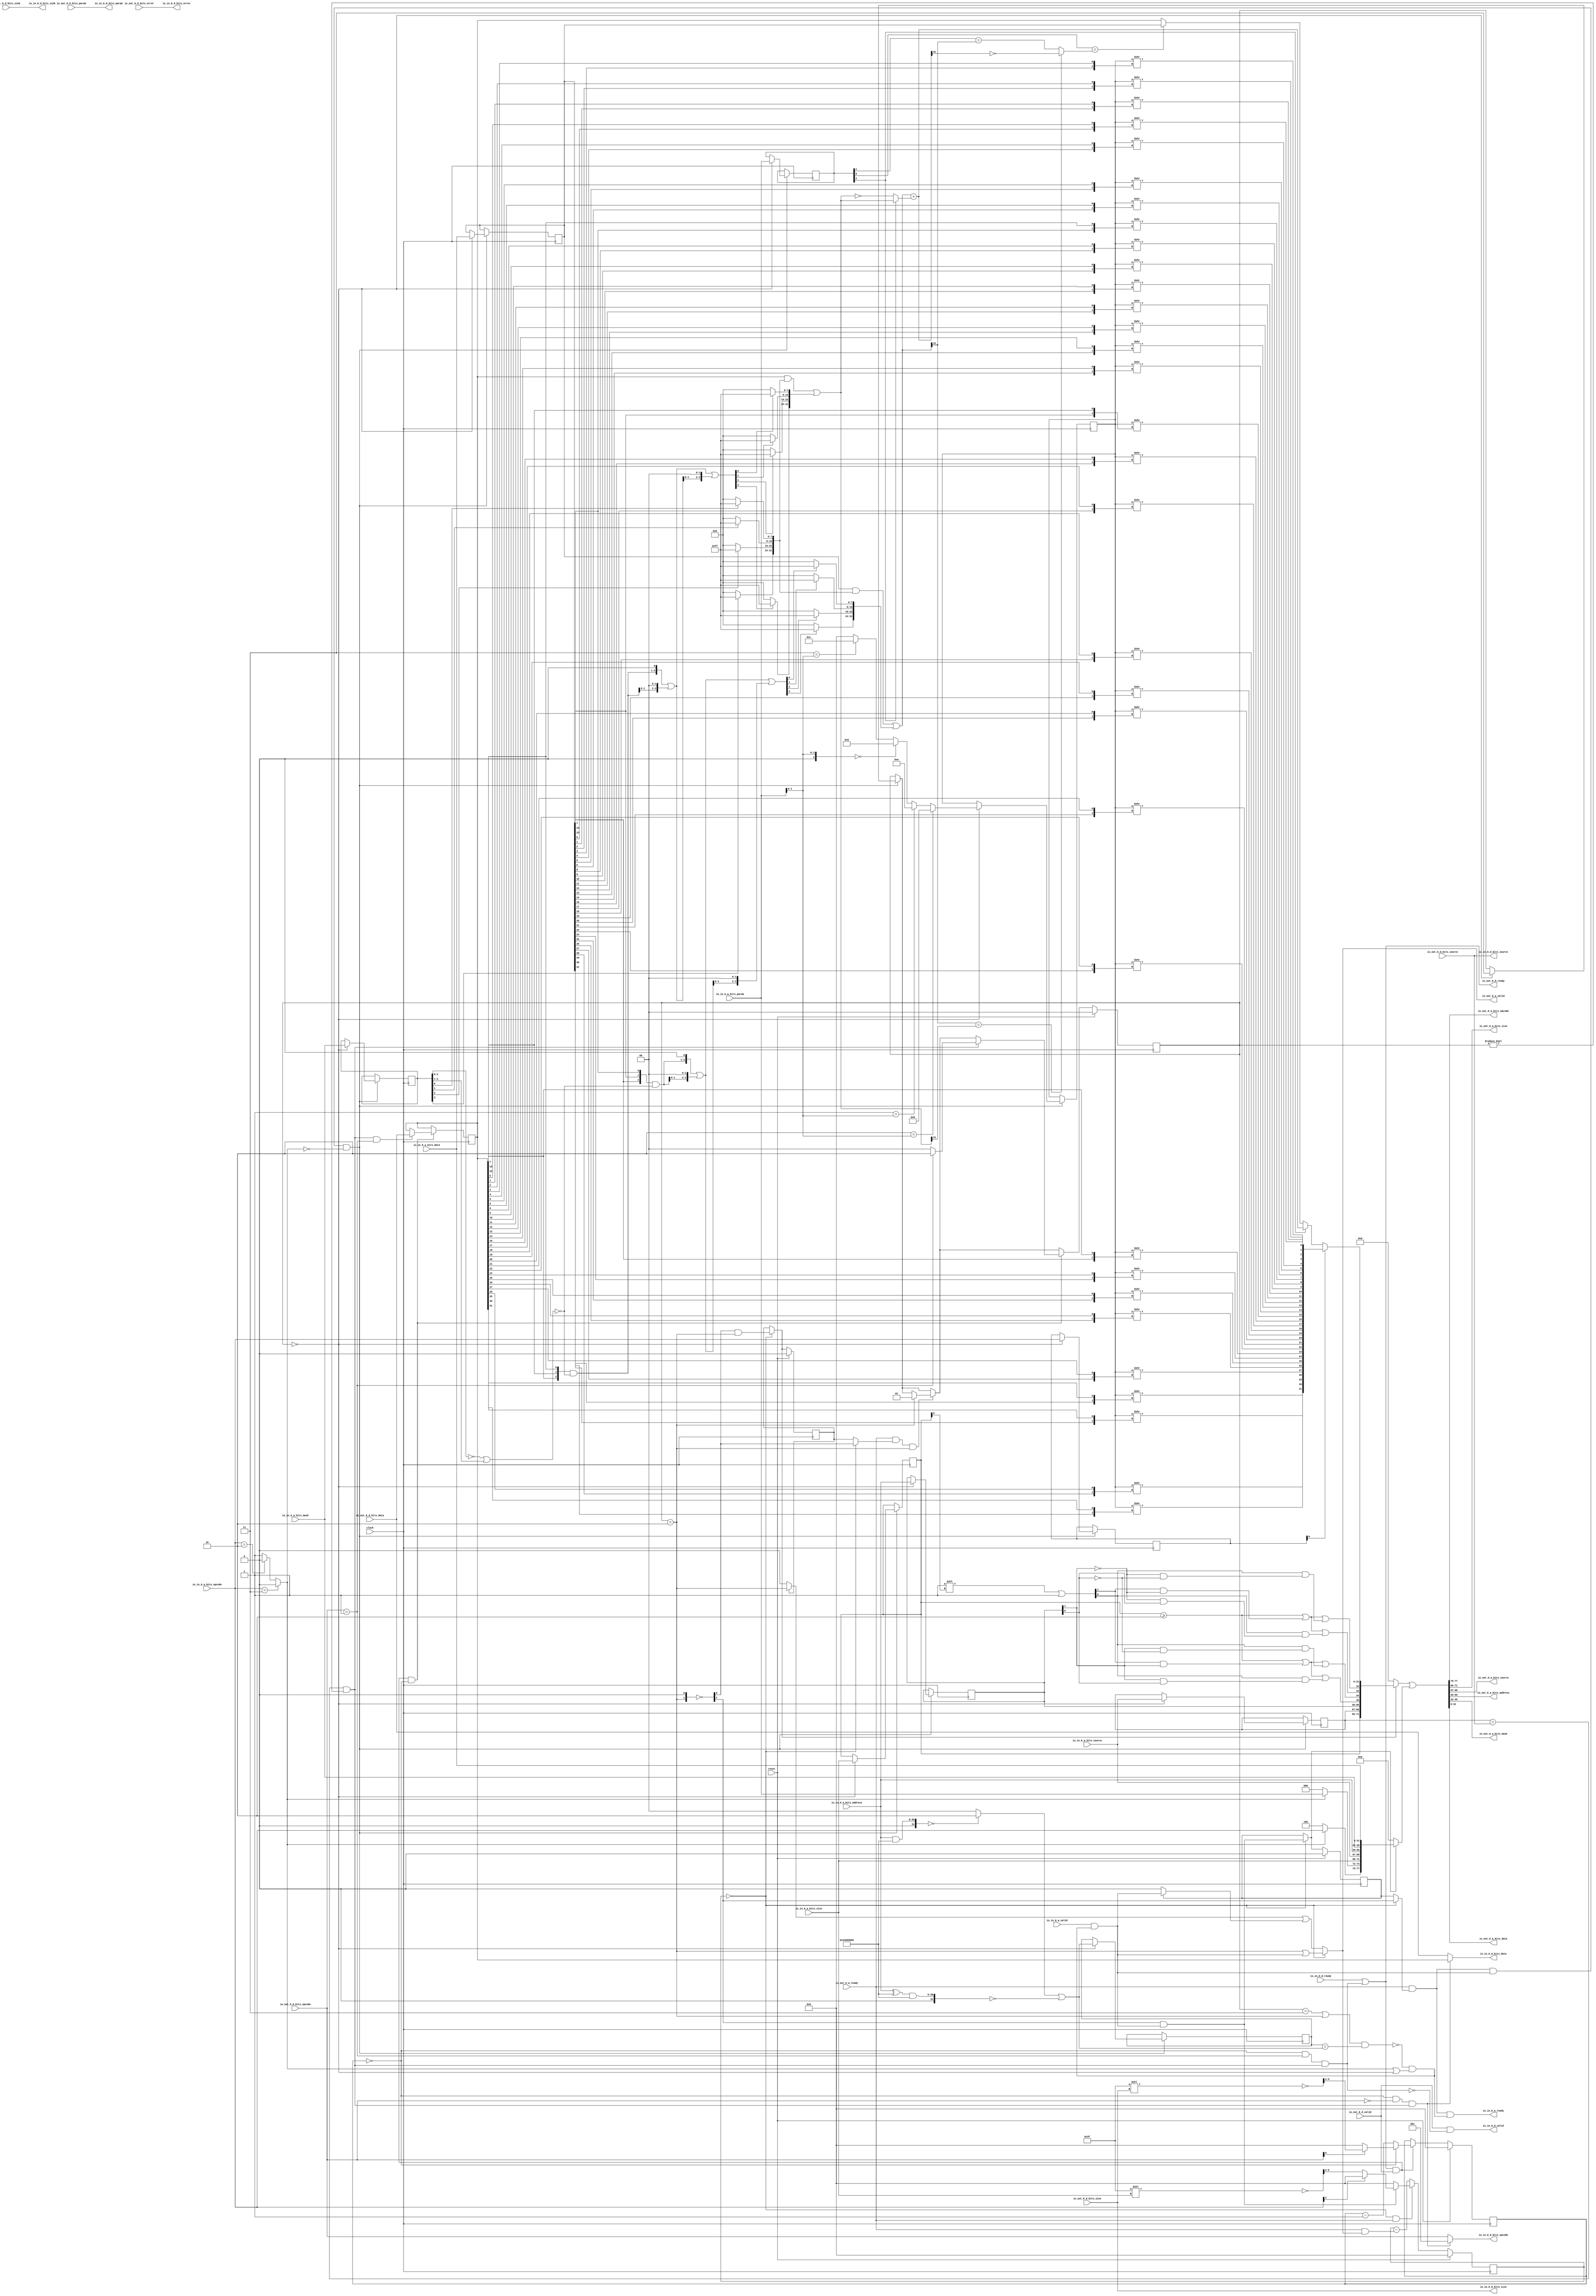
// Copyright (c) 2017, Microsemi Corporation
// All rights reserved.
//
// Redistribution and use in source and binary forms, with or without
// modification, are permitted provided that the following conditions are met:
//     * Redistributions of source code must retain the above copyright
//       notice, this list of conditions and the following disclaimer.
//     * Redistributions in binary form must reproduce the above copyright
//       notice, this list of conditions and the following disclaimer in the
//       documentation and/or other materials provided with the distribution.
//     * Neither the name of the <organization> nor the
//       names of its contributors may be used to endorse or promote products
//       derived from this software without specific prior written permission.
//
// THIS SOFTWARE IS PROVIDED BY THE COPYRIGHT HOLDERS AND CONTRIBUTORS "AS IS" AND
// ANY EXPRESS OR IMPLIED WARRANTIES, INCLUDING, BUT NOT LIMITED TO, THE IMPLIED
// WARRANTIES OF MERCHANTABILITY AND FITNESS FOR A PARTICULAR PURPOSE ARE
// DISCLAIMED. IN NO EVENT SHALL MICROSEMI CORPORATIONM BE LIABLE FOR ANY
// DIRECT, INDIRECT, INCIDENTAL, SPECIAL, EXEMPLARY, OR CONSEQUENTIAL DAMAGES
// (INCLUDING, BUT NOT LIMITED TO, PROCUREMENT OF SUBSTITUTE GOODS OR SERVICES;
// LOSS OF USE, DATA, OR PROFITS; OR BUSINESS INTERRUPTION) HOWEVER CAUSED AND
// ON ANY THEORY OF LIABILITY, WHETHER IN CONTRACT, STRICT LIABILITY, OR TORT
// (INCLUDING NEGLIGENCE OR OTHERWISE) ARISING IN ANY WAY OUT OF THE USE OF THIS
// SOFTWARE, EVEN IF ADVISED OF THE POSSIBILITY OF SUCH DAMAGE.
//
// APACHE LICENSE
// Copyright (c) 2017, Microsemi Corporation 
//
// Licensed under the Apache License, Version 2.0 (the "License");
// you may not use this file except in compliance with the License.
// You may obtain a copy of the License at
//
//    http://www.apache.org/licenses/LICENSE-2.0
//
// Unless required by applicable law or agreed to in writing, software
// distributed under the License is distributed on an "AS IS" BASIS,
// WITHOUT WARRANTIES OR CONDITIONS OF ANY KIND, either express or implied.
// See the License for the specific language governing permissions and
// limitations under the License.
//
// Description:
//
// SVN Revision Information:
// SVN $Revision: $
// SVN $Date: $
//
// Resolved SARs
// SAR      Date     Who   Description
//
// Notes:
//
// ****************************************************************************/
`define RANDOMIZE
`timescale 1ns/10ps
module PROC_SUBSYSTEM_MIV_RV32IMA_L1_AHB_0_MIV_RV32IMA_L1_AHB_TL_ATOMIC_AUTOMATA(
  input         clock,
  input         reset,
  output        io_in_0_a_ready,
  input         io_in_0_a_valid,
  input  [2:0]  io_in_0_a_bits_opcode,
  input  [2:0]  io_in_0_a_bits_param,
  input  [2:0]  io_in_0_a_bits_size,
  input  [1:0]  io_in_0_a_bits_source,
  input  [30:0] io_in_0_a_bits_address,
  input  [3:0]  io_in_0_a_bits_mask,
  input  [31:0] io_in_0_a_bits_data,
  input         io_in_0_d_ready,
  output        io_in_0_d_valid,
  output [2:0]  io_in_0_d_bits_opcode,
  output [1:0]  io_in_0_d_bits_param,
  output [2:0]  io_in_0_d_bits_size,
  output [1:0]  io_in_0_d_bits_source,
  output        io_in_0_d_bits_sink,
  output [31:0] io_in_0_d_bits_data,
  output        io_in_0_d_bits_error,
  input         io_out_0_a_ready,
  output        io_out_0_a_valid,
  output [2:0]  io_out_0_a_bits_opcode,
  output [2:0]  io_out_0_a_bits_size,
  output [1:0]  io_out_0_a_bits_source,
  output [30:0] io_out_0_a_bits_address,
  output [3:0]  io_out_0_a_bits_mask,
  output [31:0] io_out_0_a_bits_data,
  output        io_out_0_d_ready,
  input         io_out_0_d_valid,
  input  [2:0]  io_out_0_d_bits_opcode,
  input  [1:0]  io_out_0_d_bits_param,
  input  [2:0]  io_out_0_d_bits_size,
  input  [1:0]  io_out_0_d_bits_source,
  input         io_out_0_d_bits_sink,
  input  [31:0] io_out_0_d_bits_data,
  input         io_out_0_d_bits_error
);
  reg [1:0] _T_108_0_state;
  reg [31:0] _RAND_0;
  reg [2:0] _T_119_0_bits_opcode;
  reg [31:0] _RAND_1;
  reg [2:0] _T_119_0_bits_param;
  reg [31:0] _RAND_2;
  reg [2:0] _T_119_0_bits_size;
  reg [31:0] _RAND_3;
  reg [1:0] _T_119_0_bits_source;
  reg [31:0] _RAND_4;
  reg [30:0] _T_119_0_bits_address;
  reg [31:0] _RAND_5;
  reg [3:0] _T_119_0_bits_mask;
  reg [31:0] _RAND_6;
  reg [31:0] _T_119_0_bits_data;
  reg [31:0] _RAND_7;
  reg [1:0] _T_119_0_fifoId;
  reg [31:0] _RAND_8;
  reg [3:0] _T_119_0_lut;
  reg [31:0] _RAND_9;
  reg [31:0] _T_126_0_data;
  reg [31:0] _RAND_10;
  wire  _T_130;
  wire  _T_131;
  wire  _T_132;
  wire  _T_134;
  wire  _T_135;
  wire [31:0] _T_142;
  wire  _T_169;
  wire  _T_171;
  wire  _T_173;
  wire  _T_174;
  wire [31:0] _T_184;
  wire [31:0] _T_185;
  wire  _T_187;
  wire [30:0] _T_190;
  wire [31:0] _T_191;
  wire [31:0] _T_193;
  wire [31:0] _T_194;
  wire  _T_196;
  wire [1:0] _T_209;
  wire [1:0] _GEN_31;
  wire [1:0] _T_214;
  wire  _T_218;
  wire  _T_219;
  wire  _T_225;
  wire  _T_226;
  wire [1:0] _T_227;
  wire  _T_228;
  wire  _T_229;
  wire [1:0] _T_230;
  wire  _T_231;
  wire  _T_232;
  wire [1:0] _T_233;
  wire  _T_234;
  wire  _T_235;
  wire [1:0] _T_236;
  wire  _T_237;
  wire  _T_238;
  wire [1:0] _T_239;
  wire  _T_240;
  wire  _T_241;
  wire [1:0] _T_242;
  wire  _T_243;
  wire  _T_244;
  wire [1:0] _T_245;
  wire  _T_246;
  wire  _T_247;
  wire [1:0] _T_248;
  wire  _T_249;
  wire  _T_250;
  wire [1:0] _T_251;
  wire  _T_252;
  wire  _T_253;
  wire [1:0] _T_254;
  wire  _T_255;
  wire  _T_256;
  wire [1:0] _T_257;
  wire  _T_258;
  wire  _T_259;
  wire [1:0] _T_260;
  wire  _T_261;
  wire  _T_262;
  wire [1:0] _T_263;
  wire  _T_264;
  wire  _T_265;
  wire [1:0] _T_266;
  wire  _T_267;
  wire  _T_268;
  wire [1:0] _T_269;
  wire  _T_270;
  wire  _T_271;
  wire [1:0] _T_272;
  wire  _T_273;
  wire  _T_274;
  wire [1:0] _T_275;
  wire  _T_276;
  wire  _T_277;
  wire [1:0] _T_278;
  wire  _T_279;
  wire  _T_280;
  wire [1:0] _T_281;
  wire  _T_282;
  wire  _T_283;
  wire [1:0] _T_284;
  wire  _T_285;
  wire  _T_286;
  wire [1:0] _T_287;
  wire  _T_288;
  wire  _T_289;
  wire [1:0] _T_290;
  wire  _T_291;
  wire  _T_292;
  wire [1:0] _T_293;
  wire  _T_294;
  wire  _T_295;
  wire [1:0] _T_296;
  wire  _T_297;
  wire  _T_298;
  wire [1:0] _T_299;
  wire  _T_300;
  wire  _T_301;
  wire [1:0] _T_302;
  wire  _T_303;
  wire  _T_304;
  wire [1:0] _T_305;
  wire  _T_306;
  wire  _T_307;
  wire [1:0] _T_308;
  wire  _T_309;
  wire  _T_310;
  wire [1:0] _T_311;
  wire  _T_312;
  wire  _T_313;
  wire [1:0] _T_314;
  wire  _T_315;
  wire  _T_316;
  wire [1:0] _T_317;
  wire  _T_318;
  wire  _T_319;
  wire [1:0] _T_320;
  wire [3:0] _T_321;
  wire  _T_322;
  wire [3:0] _T_323;
  wire  _T_324;
  wire [3:0] _T_325;
  wire  _T_326;
  wire [3:0] _T_327;
  wire  _T_328;
  wire [3:0] _T_329;
  wire  _T_330;
  wire [3:0] _T_331;
  wire  _T_332;
  wire [3:0] _T_333;
  wire  _T_334;
  wire [3:0] _T_335;
  wire  _T_336;
  wire [3:0] _T_337;
  wire  _T_338;
  wire [3:0] _T_339;
  wire  _T_340;
  wire [3:0] _T_341;
  wire  _T_342;
  wire [3:0] _T_343;
  wire  _T_344;
  wire [3:0] _T_345;
  wire  _T_346;
  wire [3:0] _T_347;
  wire  _T_348;
  wire [3:0] _T_349;
  wire  _T_350;
  wire [3:0] _T_351;
  wire  _T_352;
  wire [3:0] _T_353;
  wire  _T_354;
  wire [3:0] _T_355;
  wire  _T_356;
  wire [3:0] _T_357;
  wire  _T_358;
  wire [3:0] _T_359;
  wire  _T_360;
  wire [3:0] _T_361;
  wire  _T_362;
  wire [3:0] _T_363;
  wire  _T_364;
  wire [3:0] _T_365;
  wire  _T_366;
  wire [3:0] _T_367;
  wire  _T_368;
  wire [3:0] _T_369;
  wire  _T_370;
  wire [3:0] _T_371;
  wire  _T_372;
  wire [3:0] _T_373;
  wire  _T_374;
  wire [3:0] _T_375;
  wire  _T_376;
  wire [3:0] _T_377;
  wire  _T_378;
  wire [3:0] _T_379;
  wire  _T_380;
  wire [3:0] _T_381;
  wire  _T_382;
  wire [3:0] _T_383;
  wire  _T_384;
  wire [1:0] _T_385;
  wire [1:0] _T_386;
  wire [3:0] _T_387;
  wire [1:0] _T_388;
  wire [1:0] _T_389;
  wire [3:0] _T_390;
  wire [7:0] _T_391;
  wire [1:0] _T_392;
  wire [1:0] _T_393;
  wire [3:0] _T_394;
  wire [1:0] _T_395;
  wire [1:0] _T_396;
  wire [3:0] _T_397;
  wire [7:0] _T_398;
  wire [15:0] _T_399;
  wire [1:0] _T_400;
  wire [1:0] _T_401;
  wire [3:0] _T_402;
  wire [1:0] _T_403;
  wire [1:0] _T_404;
  wire [3:0] _T_405;
  wire [7:0] _T_406;
  wire [1:0] _T_407;
  wire [1:0] _T_408;
  wire [3:0] _T_409;
  wire [1:0] _T_410;
  wire [1:0] _T_411;
  wire [3:0] _T_412;
  wire [7:0] _T_413;
  wire [15:0] _T_414;
  wire [31:0] _T_415;
  wire  _T_416;
  wire  _T_417;
  wire  _T_418;
  wire [3:0] _T_419;
  wire [2:0] _T_420;
  wire [3:0] _GEN_32;
  wire [3:0] _T_421;
  wire [3:0] _T_422;
  wire [1:0] _T_427;
  wire [1:0] _T_428;
  wire [3:0] _T_429;
  wire [1:0] _T_434;
  wire [1:0] _T_435;
  wire [3:0] _T_436;
  wire [3:0] _T_437;
  wire [4:0] _GEN_33;
  wire [4:0] _T_438;
  wire [3:0] _T_439;
  wire [3:0] _T_440;
  wire [4:0] _GEN_34;
  wire [4:0] _T_441;
  wire [3:0] _T_442;
  wire [4:0] _GEN_35;
  wire [4:0] _T_443;
  wire [3:0] _T_444;
  wire [3:0] _T_445;
  wire [5:0] _GEN_36;
  wire [5:0] _T_446;
  wire [3:0] _T_447;
  wire [3:0] _T_448;
  wire  _T_450;
  wire  _T_451;
  wire  _T_452;
  wire  _T_453;
  wire [7:0] _T_457;
  wire [7:0] _T_461;
  wire [7:0] _T_465;
  wire [7:0] _T_469;
  wire [15:0] _T_470;
  wire [15:0] _T_471;
  wire [31:0] _T_472;
  wire [4:0] _GEN_37;
  wire [4:0] _T_473;
  wire [3:0] _T_474;
  wire [3:0] _T_475;
  wire [5:0] _GEN_38;
  wire [5:0] _T_476;
  wire [3:0] _T_477;
  wire [3:0] _T_478;
  wire  _T_480;
  wire  _T_481;
  wire  _T_482;
  wire  _T_483;
  wire [7:0] _T_487;
  wire [7:0] _T_491;
  wire [7:0] _T_495;
  wire [7:0] _T_499;
  wire [15:0] _T_500;
  wire [15:0] _T_501;
  wire [31:0] _T_502;
  wire  _T_503;
  wire  _T_504;
  wire  _T_505;
  wire  _T_506;
  wire [7:0] _T_510;
  wire [7:0] _T_514;
  wire [7:0] _T_518;
  wire [7:0] _T_522;
  wire [15:0] _T_523;
  wire [15:0] _T_524;
  wire [31:0] _T_525;
  wire [31:0] _T_526;
  wire [31:0] _T_527;
  wire [31:0] _T_528;
  wire [31:0] _T_529;
  wire [31:0] _T_530;
  wire [31:0] _T_531;
  wire [32:0] _T_532;
  wire [31:0] _T_533;
  wire  _T_534;
  wire  _T_535;
  wire  _T_537;
  wire  _T_538;
  wire  _T_539;
  wire  _T_541;
  wire  _T_542;
  wire  _T_543;
  wire [31:0] _T_544;
  wire [31:0] _T_545;
  wire  _T_546;
  wire [31:0] _T_547;
  wire  _T_553;
  wire  _T_554;
  wire  _T_555;
  wire  _T_556;
  wire  _T_557;
  wire  _T_559;
  wire [2:0] _GEN_0;
  wire [2:0] _GEN_1;
  wire  _T_588;
  wire [1:0] _T_590;
  wire [1:0] _T_593;
  wire  _T_595;
  wire  _T_597;
  wire  _T_598;
  wire  _T_600;
  wire  _T_602;
  wire  _T_603;
  wire  _T_605;
  wire  _T_606;
  wire  _T_607;
  wire  _T_608;
  wire  _T_610;
  wire  _T_611;
  wire  _T_612;
  wire  _T_613;
  wire  _T_614;
  wire  _T_615;
  wire  _T_616;
  wire  _T_617;
  wire  _T_618;
  wire  _T_619;
  wire  _T_620;
  wire  _T_621;
  wire  _T_622;
  wire [1:0] _T_623;
  wire [1:0] _T_624;
  wire [3:0] _T_625;
  wire [12:0] _T_629;
  wire [5:0] _T_630;
  wire [5:0] _T_631;
  wire [3:0] _T_632;
  wire  _T_633;
  wire  _T_635;
  wire [3:0] _T_637;
  reg [3:0] _T_640;
  reg [31:0] _RAND_11;
  wire  _T_642;
  wire  _T_643;
  wire [1:0] _T_644;
  wire [2:0] _GEN_39;
  wire [2:0] _T_645;
  wire [1:0] _T_646;
  wire [1:0] _T_647;
  wire [2:0] _GEN_40;
  wire [2:0] _T_649;
  wire [1:0] _T_650;
  wire [1:0] _T_651;
  wire  _T_652;
  wire  _T_653;
  wire  _T_661;
  wire  _T_662;
  wire  _T_672;
  wire  _T_676;
  wire  _T_681;
  wire  _T_682;
  wire  _T_684;
  wire  _T_686;
  wire  _T_687;
  wire  _T_689;
  wire  _T_691;
  wire  _T_692;
  wire  _T_694;
  wire [3:0] _T_698;
  wire  _T_700;
  wire [3:0] _GEN_41;
  wire [4:0] _T_701;
  wire [4:0] _T_702;
  wire [3:0] _T_703;
  wire [3:0] _T_704;
  reg  _T_722_0;
  reg [31:0] _RAND_12;
  reg  _T_722_1;
  reg [31:0] _RAND_13;
  wire  _T_733_0;
  wire  _T_733_1;
  wire  _T_741_0;
  wire  _T_741_1;
  wire  _T_749;
  wire  _T_750;
  wire  _T_754;
  wire  _T_756;
  wire  _T_757;
  wire  _T_760;
  wire [34:0] _T_762;
  wire [66:0] _T_763;
  wire [4:0] _T_764;
  wire [10:0] _T_766;
  wire [77:0] _T_767;
  wire [77:0] _T_769;
  wire [34:0] _T_770;
  wire [66:0] _T_771;
  wire [4:0] _T_772;
  wire [5:0] _T_773;
  wire [10:0] _T_774;
  wire [77:0] _T_775;
  wire [77:0] _T_777;
  wire [77:0] _T_778;
  wire [31:0] _T_783;
  wire [3:0] _T_784;
  wire [30:0] _T_785;
  wire [1:0] _T_786;
  wire [2:0] _T_787;
  wire [2:0] _T_789;
  wire  _T_790;
  wire  _T_793;
  wire [1:0] _T_794;
  wire [2:0] _GEN_42;
  wire  _T_804;
  wire [3:0] _T_805;
  wire  _T_806;
  wire [3:0] _T_807;
  wire  _T_808;
  wire [3:0] _T_809;
  wire  _T_810;
  wire [3:0] _T_811;
  wire [1:0] _GEN_2;
  wire [2:0] _GEN_3;
  wire [2:0] _GEN_4;
  wire [2:0] _GEN_5;
  wire [1:0] _GEN_6;
  wire [30:0] _GEN_7;
  wire [3:0] _GEN_8;
  wire [31:0] _GEN_9;
  wire [3:0] _GEN_10;
  wire [1:0] _GEN_11;
  wire [1:0] _GEN_12;
  wire [2:0] _GEN_13;
  wire [2:0] _GEN_14;
  wire [2:0] _GEN_15;
  wire [1:0] _GEN_16;
  wire [30:0] _GEN_17;
  wire [3:0] _GEN_18;
  wire [31:0] _GEN_19;
  wire [3:0] _GEN_20;
  wire [1:0] _GEN_21;
  wire  _T_812;
  wire [1:0] _GEN_22;
  wire [1:0] _GEN_23;
  wire  _T_813;
  wire [12:0] _T_816;
  wire [5:0] _T_817;
  wire [5:0] _T_818;
  wire [3:0] _T_819;
  wire  _T_820;
  wire [3:0] _T_822;
  reg [3:0] _T_825;
  reg [31:0] _RAND_14;
  wire [4:0] _T_827;
  wire [4:0] _T_828;
  wire [3:0] _T_829;
  wire  _T_831;
  wire [3:0] _T_840;
  wire [3:0] _GEN_24;
  wire  _T_841;
  wire  _T_842;
  wire  _T_847;
  wire  _T_849;
  wire  _T_851;
  wire  _T_852;
  wire [31:0] _GEN_25;
  wire [1:0] _T_853;
  wire [1:0] _GEN_26;
  wire [31:0] _GEN_27;
  wire [1:0] _GEN_28;
  wire  _T_854;
  wire  _T_855;
  wire  _T_856;
  wire  _T_857;
  wire  _T_859;
  wire  _T_860;
  wire  _T_861;
  wire [2:0] _GEN_29;
  wire [31:0] _GEN_30;
  assign io_in_0_a_ready = _T_556;
  assign io_in_0_d_valid = _T_860;
  assign io_in_0_d_bits_opcode = _GEN_29;
  assign io_in_0_d_bits_param = io_out_0_d_bits_param;
  assign io_in_0_d_bits_size = io_out_0_d_bits_size;
  assign io_in_0_d_bits_source = io_out_0_d_bits_source;
  assign io_in_0_d_bits_sink = io_out_0_d_bits_sink;
  assign io_in_0_d_bits_data = _GEN_30;
  assign io_in_0_d_bits_error = io_out_0_d_bits_error;
  assign io_out_0_a_valid = _T_760;
  assign io_out_0_a_bits_opcode = _T_789;
  assign io_out_0_a_bits_size = _T_787;
  assign io_out_0_a_bits_source = _T_786;
  assign io_out_0_a_bits_address = _T_785;
  assign io_out_0_a_bits_mask = _T_784;
  assign io_out_0_a_bits_data = _T_783;
  assign io_out_0_d_ready = _T_861;
  assign _T_130 = _T_108_0_state == 2'h0;
  assign _T_131 = _T_108_0_state == 2'h2;
  assign _T_132 = _T_108_0_state == 2'h3;
  assign _T_134 = _T_132 | _T_131;
  assign _T_135 = _T_108_0_state != 2'h0;
  assign _T_142 = {1'b0,$signed(io_in_0_a_bits_address)};
  assign _T_169 = io_in_0_a_bits_opcode == 3'h3;
  assign _T_171 = io_in_0_a_bits_opcode == 3'h2;
  assign _T_173 = _T_171 ? 1'h0 : 1'h1;
  assign _T_174 = _T_169 ? 1'h0 : _T_173;
  assign _T_184 = $signed(_T_142) & $signed(32'sh44000000);
  assign _T_185 = $signed(_T_184);
  assign _T_187 = $signed(_T_185) == $signed(32'sh0);
  assign _T_190 = io_in_0_a_bits_address ^ 31'h44000000;
  assign _T_191 = {1'b0,$signed(_T_190)};
  assign _T_193 = $signed(_T_191) & $signed(32'sh44000000);
  assign _T_194 = $signed(_T_193);
  assign _T_196 = $signed(_T_194) == $signed(32'sh0);
  assign _T_209 = _T_187 ? 2'h2 : 2'h0;
  assign _GEN_31 = {{1'd0}, _T_196};
  assign _T_214 = _T_209 | _GEN_31;
  assign _T_218 = _T_119_0_fifoId == _T_214;
  assign _T_219 = _T_134 & _T_218;
  assign _T_225 = _T_119_0_bits_data[0];
  assign _T_226 = _T_126_0_data[0];
  assign _T_227 = {_T_225,_T_226};
  assign _T_228 = _T_119_0_bits_data[1];
  assign _T_229 = _T_126_0_data[1];
  assign _T_230 = {_T_228,_T_229};
  assign _T_231 = _T_119_0_bits_data[2];
  assign _T_232 = _T_126_0_data[2];
  assign _T_233 = {_T_231,_T_232};
  assign _T_234 = _T_119_0_bits_data[3];
  assign _T_235 = _T_126_0_data[3];
  assign _T_236 = {_T_234,_T_235};
  assign _T_237 = _T_119_0_bits_data[4];
  assign _T_238 = _T_126_0_data[4];
  assign _T_239 = {_T_237,_T_238};
  assign _T_240 = _T_119_0_bits_data[5];
  assign _T_241 = _T_126_0_data[5];
  assign _T_242 = {_T_240,_T_241};
  assign _T_243 = _T_119_0_bits_data[6];
  assign _T_244 = _T_126_0_data[6];
  assign _T_245 = {_T_243,_T_244};
  assign _T_246 = _T_119_0_bits_data[7];
  assign _T_247 = _T_126_0_data[7];
  assign _T_248 = {_T_246,_T_247};
  assign _T_249 = _T_119_0_bits_data[8];
  assign _T_250 = _T_126_0_data[8];
  assign _T_251 = {_T_249,_T_250};
  assign _T_252 = _T_119_0_bits_data[9];
  assign _T_253 = _T_126_0_data[9];
  assign _T_254 = {_T_252,_T_253};
  assign _T_255 = _T_119_0_bits_data[10];
  assign _T_256 = _T_126_0_data[10];
  assign _T_257 = {_T_255,_T_256};
  assign _T_258 = _T_119_0_bits_data[11];
  assign _T_259 = _T_126_0_data[11];
  assign _T_260 = {_T_258,_T_259};
  assign _T_261 = _T_119_0_bits_data[12];
  assign _T_262 = _T_126_0_data[12];
  assign _T_263 = {_T_261,_T_262};
  assign _T_264 = _T_119_0_bits_data[13];
  assign _T_265 = _T_126_0_data[13];
  assign _T_266 = {_T_264,_T_265};
  assign _T_267 = _T_119_0_bits_data[14];
  assign _T_268 = _T_126_0_data[14];
  assign _T_269 = {_T_267,_T_268};
  assign _T_270 = _T_119_0_bits_data[15];
  assign _T_271 = _T_126_0_data[15];
  assign _T_272 = {_T_270,_T_271};
  assign _T_273 = _T_119_0_bits_data[16];
  assign _T_274 = _T_126_0_data[16];
  assign _T_275 = {_T_273,_T_274};
  assign _T_276 = _T_119_0_bits_data[17];
  assign _T_277 = _T_126_0_data[17];
  assign _T_278 = {_T_276,_T_277};
  assign _T_279 = _T_119_0_bits_data[18];
  assign _T_280 = _T_126_0_data[18];
  assign _T_281 = {_T_279,_T_280};
  assign _T_282 = _T_119_0_bits_data[19];
  assign _T_283 = _T_126_0_data[19];
  assign _T_284 = {_T_282,_T_283};
  assign _T_285 = _T_119_0_bits_data[20];
  assign _T_286 = _T_126_0_data[20];
  assign _T_287 = {_T_285,_T_286};
  assign _T_288 = _T_119_0_bits_data[21];
  assign _T_289 = _T_126_0_data[21];
  assign _T_290 = {_T_288,_T_289};
  assign _T_291 = _T_119_0_bits_data[22];
  assign _T_292 = _T_126_0_data[22];
  assign _T_293 = {_T_291,_T_292};
  assign _T_294 = _T_119_0_bits_data[23];
  assign _T_295 = _T_126_0_data[23];
  assign _T_296 = {_T_294,_T_295};
  assign _T_297 = _T_119_0_bits_data[24];
  assign _T_298 = _T_126_0_data[24];
  assign _T_299 = {_T_297,_T_298};
  assign _T_300 = _T_119_0_bits_data[25];
  assign _T_301 = _T_126_0_data[25];
  assign _T_302 = {_T_300,_T_301};
  assign _T_303 = _T_119_0_bits_data[26];
  assign _T_304 = _T_126_0_data[26];
  assign _T_305 = {_T_303,_T_304};
  assign _T_306 = _T_119_0_bits_data[27];
  assign _T_307 = _T_126_0_data[27];
  assign _T_308 = {_T_306,_T_307};
  assign _T_309 = _T_119_0_bits_data[28];
  assign _T_310 = _T_126_0_data[28];
  assign _T_311 = {_T_309,_T_310};
  assign _T_312 = _T_119_0_bits_data[29];
  assign _T_313 = _T_126_0_data[29];
  assign _T_314 = {_T_312,_T_313};
  assign _T_315 = _T_119_0_bits_data[30];
  assign _T_316 = _T_126_0_data[30];
  assign _T_317 = {_T_315,_T_316};
  assign _T_318 = _T_119_0_bits_data[31];
  assign _T_319 = _T_126_0_data[31];
  assign _T_320 = {_T_318,_T_319};
  assign _T_321 = _T_119_0_lut >> _T_227;
  assign _T_322 = _T_321[0];
  assign _T_323 = _T_119_0_lut >> _T_230;
  assign _T_324 = _T_323[0];
  assign _T_325 = _T_119_0_lut >> _T_233;
  assign _T_326 = _T_325[0];
  assign _T_327 = _T_119_0_lut >> _T_236;
  assign _T_328 = _T_327[0];
  assign _T_329 = _T_119_0_lut >> _T_239;
  assign _T_330 = _T_329[0];
  assign _T_331 = _T_119_0_lut >> _T_242;
  assign _T_332 = _T_331[0];
  assign _T_333 = _T_119_0_lut >> _T_245;
  assign _T_334 = _T_333[0];
  assign _T_335 = _T_119_0_lut >> _T_248;
  assign _T_336 = _T_335[0];
  assign _T_337 = _T_119_0_lut >> _T_251;
  assign _T_338 = _T_337[0];
  assign _T_339 = _T_119_0_lut >> _T_254;
  assign _T_340 = _T_339[0];
  assign _T_341 = _T_119_0_lut >> _T_257;
  assign _T_342 = _T_341[0];
  assign _T_343 = _T_119_0_lut >> _T_260;
  assign _T_344 = _T_343[0];
  assign _T_345 = _T_119_0_lut >> _T_263;
  assign _T_346 = _T_345[0];
  assign _T_347 = _T_119_0_lut >> _T_266;
  assign _T_348 = _T_347[0];
  assign _T_349 = _T_119_0_lut >> _T_269;
  assign _T_350 = _T_349[0];
  assign _T_351 = _T_119_0_lut >> _T_272;
  assign _T_352 = _T_351[0];
  assign _T_353 = _T_119_0_lut >> _T_275;
  assign _T_354 = _T_353[0];
  assign _T_355 = _T_119_0_lut >> _T_278;
  assign _T_356 = _T_355[0];
  assign _T_357 = _T_119_0_lut >> _T_281;
  assign _T_358 = _T_357[0];
  assign _T_359 = _T_119_0_lut >> _T_284;
  assign _T_360 = _T_359[0];
  assign _T_361 = _T_119_0_lut >> _T_287;
  assign _T_362 = _T_361[0];
  assign _T_363 = _T_119_0_lut >> _T_290;
  assign _T_364 = _T_363[0];
  assign _T_365 = _T_119_0_lut >> _T_293;
  assign _T_366 = _T_365[0];
  assign _T_367 = _T_119_0_lut >> _T_296;
  assign _T_368 = _T_367[0];
  assign _T_369 = _T_119_0_lut >> _T_299;
  assign _T_370 = _T_369[0];
  assign _T_371 = _T_119_0_lut >> _T_302;
  assign _T_372 = _T_371[0];
  assign _T_373 = _T_119_0_lut >> _T_305;
  assign _T_374 = _T_373[0];
  assign _T_375 = _T_119_0_lut >> _T_308;
  assign _T_376 = _T_375[0];
  assign _T_377 = _T_119_0_lut >> _T_311;
  assign _T_378 = _T_377[0];
  assign _T_379 = _T_119_0_lut >> _T_314;
  assign _T_380 = _T_379[0];
  assign _T_381 = _T_119_0_lut >> _T_317;
  assign _T_382 = _T_381[0];
  assign _T_383 = _T_119_0_lut >> _T_320;
  assign _T_384 = _T_383[0];
  assign _T_385 = {_T_324,_T_322};
  assign _T_386 = {_T_328,_T_326};
  assign _T_387 = {_T_386,_T_385};
  assign _T_388 = {_T_332,_T_330};
  assign _T_389 = {_T_336,_T_334};
  assign _T_390 = {_T_389,_T_388};
  assign _T_391 = {_T_390,_T_387};
  assign _T_392 = {_T_340,_T_338};
  assign _T_393 = {_T_344,_T_342};
  assign _T_394 = {_T_393,_T_392};
  assign _T_395 = {_T_348,_T_346};
  assign _T_396 = {_T_352,_T_350};
  assign _T_397 = {_T_396,_T_395};
  assign _T_398 = {_T_397,_T_394};
  assign _T_399 = {_T_398,_T_391};
  assign _T_400 = {_T_356,_T_354};
  assign _T_401 = {_T_360,_T_358};
  assign _T_402 = {_T_401,_T_400};
  assign _T_403 = {_T_364,_T_362};
  assign _T_404 = {_T_368,_T_366};
  assign _T_405 = {_T_404,_T_403};
  assign _T_406 = {_T_405,_T_402};
  assign _T_407 = {_T_372,_T_370};
  assign _T_408 = {_T_376,_T_374};
  assign _T_409 = {_T_408,_T_407};
  assign _T_410 = {_T_380,_T_378};
  assign _T_411 = {_T_384,_T_382};
  assign _T_412 = {_T_411,_T_410};
  assign _T_413 = {_T_412,_T_409};
  assign _T_414 = {_T_413,_T_406};
  assign _T_415 = {_T_414,_T_399};
  assign _T_416 = _T_119_0_bits_param[1];
  assign _T_417 = _T_119_0_bits_param[0];
  assign _T_418 = _T_119_0_bits_param[2];
  assign _T_419 = ~ _T_119_0_bits_mask;
  assign _T_420 = _T_119_0_bits_mask[3:1];
  assign _GEN_32 = {{1'd0}, _T_420};
  assign _T_421 = _T_419 | _GEN_32;
  assign _T_422 = ~ _T_421;
  assign _T_427 = {_T_270,_T_246};
  assign _T_428 = {_T_318,_T_294};
  assign _T_429 = {_T_428,_T_427};
  assign _T_434 = {_T_271,_T_247};
  assign _T_435 = {_T_319,_T_295};
  assign _T_436 = {_T_435,_T_434};
  assign _T_437 = _T_429 & _T_422;
  assign _GEN_33 = {{1'd0}, _T_437};
  assign _T_438 = _GEN_33 << 1;
  assign _T_439 = _T_438[3:0];
  assign _T_440 = _T_436 & _T_422;
  assign _GEN_34 = {{1'd0}, _T_440};
  assign _T_441 = _GEN_34 << 1;
  assign _T_442 = _T_441[3:0];
  assign _GEN_35 = {{1'd0}, _T_439};
  assign _T_443 = _GEN_35 << 1;
  assign _T_444 = _T_443[3:0];
  assign _T_445 = _T_439 | _T_444;
  assign _GEN_36 = {{2'd0}, _T_445};
  assign _T_446 = _GEN_36 << 2;
  assign _T_447 = _T_446[3:0];
  assign _T_448 = _T_445 | _T_447;
  assign _T_450 = _T_448[0];
  assign _T_451 = _T_448[1];
  assign _T_452 = _T_448[2];
  assign _T_453 = _T_448[3];
  assign _T_457 = _T_450 ? 8'hff : 8'h0;
  assign _T_461 = _T_451 ? 8'hff : 8'h0;
  assign _T_465 = _T_452 ? 8'hff : 8'h0;
  assign _T_469 = _T_453 ? 8'hff : 8'h0;
  assign _T_470 = {_T_461,_T_457};
  assign _T_471 = {_T_469,_T_465};
  assign _T_472 = {_T_471,_T_470};
  assign _GEN_37 = {{1'd0}, _T_442};
  assign _T_473 = _GEN_37 << 1;
  assign _T_474 = _T_473[3:0];
  assign _T_475 = _T_442 | _T_474;
  assign _GEN_38 = {{2'd0}, _T_475};
  assign _T_476 = _GEN_38 << 2;
  assign _T_477 = _T_476[3:0];
  assign _T_478 = _T_475 | _T_477;
  assign _T_480 = _T_478[0];
  assign _T_481 = _T_478[1];
  assign _T_482 = _T_478[2];
  assign _T_483 = _T_478[3];
  assign _T_487 = _T_480 ? 8'hff : 8'h0;
  assign _T_491 = _T_481 ? 8'hff : 8'h0;
  assign _T_495 = _T_482 ? 8'hff : 8'h0;
  assign _T_499 = _T_483 ? 8'hff : 8'h0;
  assign _T_500 = {_T_491,_T_487};
  assign _T_501 = {_T_499,_T_495};
  assign _T_502 = {_T_501,_T_500};
  assign _T_503 = _T_119_0_bits_mask[0];
  assign _T_504 = _T_119_0_bits_mask[1];
  assign _T_505 = _T_119_0_bits_mask[2];
  assign _T_506 = _T_119_0_bits_mask[3];
  assign _T_510 = _T_503 ? 8'hff : 8'h0;
  assign _T_514 = _T_504 ? 8'hff : 8'h0;
  assign _T_518 = _T_505 ? 8'hff : 8'h0;
  assign _T_522 = _T_506 ? 8'hff : 8'h0;
  assign _T_523 = {_T_514,_T_510};
  assign _T_524 = {_T_522,_T_518};
  assign _T_525 = {_T_524,_T_523};
  assign _T_526 = _T_119_0_bits_data & _T_525;
  assign _T_527 = _T_526 | _T_472;
  assign _T_528 = _T_126_0_data & _T_525;
  assign _T_529 = _T_528 | _T_502;
  assign _T_530 = ~ _T_529;
  assign _T_531 = _T_418 ? _T_529 : _T_530;
  assign _T_532 = _T_527 + _T_531;
  assign _T_533 = _T_532[31:0];
  assign _T_534 = _T_527[31];
  assign _T_535 = _T_416 == _T_534;
  assign _T_537 = _T_529[31];
  assign _T_538 = _T_534 == _T_537;
  assign _T_539 = _T_533[31];
  assign _T_541 = _T_539 == 1'h0;
  assign _T_542 = _T_538 ? _T_541 : _T_535;
  assign _T_543 = _T_417 == _T_542;
  assign _T_544 = _T_543 ? _T_119_0_bits_data : _T_126_0_data;
  assign _T_545 = _T_418 ? _T_533 : _T_544;
  assign _T_546 = _T_119_0_bits_opcode[0];
  assign _T_547 = _T_546 ? _T_415 : _T_545;
  assign _T_553 = _T_219 == 1'h0;
  assign _T_554 = _T_174 | _T_130;
  assign _T_555 = _T_553 & _T_554;
  assign _T_556 = _T_750 & _T_555;
  assign _T_557 = io_in_0_a_valid & _T_555;
  assign _T_559 = _T_174 == 1'h0;
  assign _GEN_0 = _T_559 ? 3'h4 : io_in_0_a_bits_opcode;
  assign _GEN_1 = _T_559 ? 3'h0 : io_in_0_a_bits_param;
  assign _T_588 = _T_119_0_bits_size[0];
  assign _T_590 = 2'h1 << _T_588;
  assign _T_593 = _T_590 | 2'h1;
  assign _T_595 = _T_119_0_bits_size >= 3'h2;
  assign _T_597 = _T_593[1];
  assign _T_598 = _T_119_0_bits_address[1];
  assign _T_600 = _T_598 == 1'h0;
  assign _T_602 = _T_597 & _T_600;
  assign _T_603 = _T_595 | _T_602;
  assign _T_605 = _T_597 & _T_598;
  assign _T_606 = _T_595 | _T_605;
  assign _T_607 = _T_593[0];
  assign _T_608 = _T_119_0_bits_address[0];
  assign _T_610 = _T_608 == 1'h0;
  assign _T_611 = _T_600 & _T_610;
  assign _T_612 = _T_607 & _T_611;
  assign _T_613 = _T_603 | _T_612;
  assign _T_614 = _T_600 & _T_608;
  assign _T_615 = _T_607 & _T_614;
  assign _T_616 = _T_603 | _T_615;
  assign _T_617 = _T_598 & _T_610;
  assign _T_618 = _T_607 & _T_617;
  assign _T_619 = _T_606 | _T_618;
  assign _T_620 = _T_598 & _T_608;
  assign _T_621 = _T_607 & _T_620;
  assign _T_622 = _T_606 | _T_621;
  assign _T_623 = {_T_616,_T_613};
  assign _T_624 = {_T_622,_T_619};
  assign _T_625 = {_T_624,_T_623};
  assign _T_629 = 13'h3f << io_in_0_a_bits_size;
  assign _T_630 = _T_629[5:0];
  assign _T_631 = ~ _T_630;
  assign _T_632 = _T_631[5:2];
  assign _T_633 = io_in_0_a_bits_opcode[2];
  assign _T_635 = _T_633 == 1'h0;
  assign _T_637 = _T_635 ? _T_632 : 4'h0;
  assign _T_642 = _T_640 == 4'h0;
  assign _T_643 = _T_642 & io_out_0_a_ready;
  assign _T_644 = {_T_557,_T_131};
  assign _GEN_39 = {{1'd0}, _T_644};
  assign _T_645 = _GEN_39 << 1;
  assign _T_646 = _T_645[1:0];
  assign _T_647 = _T_644 | _T_646;
  assign _GEN_40 = {{1'd0}, _T_647};
  assign _T_649 = _GEN_40 << 1;
  assign _T_650 = _T_649[1:0];
  assign _T_651 = ~ _T_650;
  assign _T_652 = _T_651[0];
  assign _T_653 = _T_651[1];
  assign _T_661 = _T_652 & _T_131;
  assign _T_662 = _T_653 & _T_557;
  assign _T_672 = _T_661 | _T_662;
  assign _T_676 = _T_661 == 1'h0;
  assign _T_681 = _T_662 == 1'h0;
  assign _T_682 = _T_676 | _T_681;
  assign _T_684 = _T_682 | reset;
  assign _T_686 = _T_684 == 1'h0;
  assign _T_687 = _T_131 | _T_557;
  assign _T_689 = _T_687 == 1'h0;
  assign _T_691 = _T_689 | _T_672;
  assign _T_692 = _T_691 | reset;
  assign _T_694 = _T_692 == 1'h0;
  assign _T_698 = _T_662 ? _T_637 : 4'h0;
  assign _T_700 = io_out_0_a_ready & io_out_0_a_valid;
  assign _GEN_41 = {{3'd0}, _T_700};
  assign _T_701 = _T_640 - _GEN_41;
  assign _T_702 = $unsigned(_T_701);
  assign _T_703 = _T_702[3:0];
  assign _T_704 = _T_643 ? _T_698 : _T_703;
  assign _T_733_0 = _T_642 ? _T_661 : _T_722_0;
  assign _T_733_1 = _T_642 ? _T_662 : _T_722_1;
  assign _T_741_0 = _T_642 ? _T_652 : _T_722_0;
  assign _T_741_1 = _T_642 ? _T_653 : _T_722_1;
  assign _T_749 = io_out_0_a_ready & _T_741_0;
  assign _T_750 = io_out_0_a_ready & _T_741_1;
  assign _T_754 = _T_722_0 ? _T_131 : 1'h0;
  assign _T_756 = _T_722_1 ? _T_557 : 1'h0;
  assign _T_757 = _T_754 | _T_756;
  assign _T_760 = _T_642 ? _T_687 : _T_757;
  assign _T_762 = {_T_119_0_bits_address,_T_625};
  assign _T_763 = {_T_762,_T_547};
  assign _T_764 = {_T_119_0_bits_size,_T_119_0_bits_source};
  assign _T_766 = {6'h0,_T_764};
  assign _T_767 = {_T_766,_T_763};
  assign _T_769 = _T_733_0 ? _T_767 : 78'h0;
  assign _T_770 = {io_in_0_a_bits_address,io_in_0_a_bits_mask};
  assign _T_771 = {_T_770,io_in_0_a_bits_data};
  assign _T_772 = {io_in_0_a_bits_size,io_in_0_a_bits_source};
  assign _T_773 = {_GEN_0,_GEN_1};
  assign _T_774 = {_T_773,_T_772};
  assign _T_775 = {_T_774,_T_771};
  assign _T_777 = _T_733_1 ? _T_775 : 78'h0;
  assign _T_778 = _T_769 | _T_777;
  assign _T_783 = _T_778[31:0];
  assign _T_784 = _T_778[35:32];
  assign _T_785 = _T_778[66:36];
  assign _T_786 = _T_778[68:67];
  assign _T_787 = _T_778[71:69];
  assign _T_789 = _T_778[77:75];
  assign _T_790 = _T_750 & _T_557;
  assign _T_793 = _T_790 & _T_559;
  assign _T_794 = io_in_0_a_bits_param[1:0];
  assign _GEN_42 = {{1'd0}, _T_794};
  assign _T_804 = 3'h3 == _GEN_42;
  assign _T_805 = _T_804 ? 4'hc : 4'h0;
  assign _T_806 = 3'h0 == _GEN_42;
  assign _T_807 = _T_806 ? 4'h6 : _T_805;
  assign _T_808 = 3'h1 == _GEN_42;
  assign _T_809 = _T_808 ? 4'he : _T_807;
  assign _T_810 = 3'h2 == _GEN_42;
  assign _T_811 = _T_810 ? 4'h8 : _T_809;
  assign _GEN_2 = _T_130 ? _T_214 : _T_119_0_fifoId;
  assign _GEN_3 = _T_130 ? io_in_0_a_bits_opcode : _T_119_0_bits_opcode;
  assign _GEN_4 = _T_130 ? io_in_0_a_bits_param : _T_119_0_bits_param;
  assign _GEN_5 = _T_130 ? io_in_0_a_bits_size : _T_119_0_bits_size;
  assign _GEN_6 = _T_130 ? io_in_0_a_bits_source : _T_119_0_bits_source;
  assign _GEN_7 = _T_130 ? io_in_0_a_bits_address : _T_119_0_bits_address;
  assign _GEN_8 = _T_130 ? io_in_0_a_bits_mask : _T_119_0_bits_mask;
  assign _GEN_9 = _T_130 ? io_in_0_a_bits_data : _T_119_0_bits_data;
  assign _GEN_10 = _T_130 ? _T_811 : _T_119_0_lut;
  assign _GEN_11 = _T_130 ? 2'h3 : _T_108_0_state;
  assign _GEN_12 = _T_793 ? _GEN_2 : _T_119_0_fifoId;
  assign _GEN_13 = _T_793 ? _GEN_3 : _T_119_0_bits_opcode;
  assign _GEN_14 = _T_793 ? _GEN_4 : _T_119_0_bits_param;
  assign _GEN_15 = _T_793 ? _GEN_5 : _T_119_0_bits_size;
  assign _GEN_16 = _T_793 ? _GEN_6 : _T_119_0_bits_source;
  assign _GEN_17 = _T_793 ? _GEN_7 : _T_119_0_bits_address;
  assign _GEN_18 = _T_793 ? _GEN_8 : _T_119_0_bits_mask;
  assign _GEN_19 = _T_793 ? _GEN_9 : _T_119_0_bits_data;
  assign _GEN_20 = _T_793 ? _GEN_10 : _T_119_0_lut;
  assign _GEN_21 = _T_793 ? _GEN_11 : _T_108_0_state;
  assign _T_812 = _T_749 & _T_131;
  assign _GEN_22 = _T_131 ? 2'h1 : _GEN_21;
  assign _GEN_23 = _T_812 ? _GEN_22 : _GEN_21;
  assign _T_813 = io_out_0_d_ready & io_out_0_d_valid;
  assign _T_816 = 13'h3f << io_out_0_d_bits_size;
  assign _T_817 = _T_816[5:0];
  assign _T_818 = ~ _T_817;
  assign _T_819 = _T_818[5:2];
  assign _T_820 = io_out_0_d_bits_opcode[0];
  assign _T_822 = _T_820 ? _T_819 : 4'h0;
  assign _T_827 = _T_825 - 4'h1;
  assign _T_828 = $unsigned(_T_827);
  assign _T_829 = _T_828[3:0];
  assign _T_831 = _T_825 == 4'h0;
  assign _T_840 = _T_831 ? _T_822 : _T_829;
  assign _GEN_24 = _T_813 ? _T_840 : _T_825;
  assign _T_841 = _T_119_0_bits_source == io_in_0_d_bits_source;
  assign _T_842 = _T_841 & _T_135;
  assign _T_847 = io_out_0_d_bits_opcode == 3'h1;
  assign _T_849 = io_out_0_d_bits_opcode == 3'h0;
  assign _T_851 = _T_813 & _T_831;
  assign _T_852 = _T_842 & _T_847;
  assign _GEN_25 = _T_852 ? io_out_0_d_bits_data : _T_126_0_data;
  assign _T_853 = _T_847 ? 2'h2 : 2'h0;
  assign _GEN_26 = _T_842 ? _T_853 : _GEN_23;
  assign _GEN_27 = _T_851 ? _GEN_25 : _T_126_0_data;
  assign _GEN_28 = _T_851 ? _GEN_26 : _GEN_23;
  assign _T_854 = _T_831 & _T_847;
  assign _T_855 = _T_854 & _T_842;
  assign _T_856 = _T_831 & _T_849;
  assign _T_857 = _T_856 & _T_842;
  assign _T_859 = _T_855 == 1'h0;
  assign _T_860 = io_out_0_d_valid & _T_859;
  assign _T_861 = io_in_0_d_ready | _T_855;
  assign _GEN_29 = _T_857 ? 3'h1 : io_out_0_d_bits_opcode;
  assign _GEN_30 = _T_857 ? _T_126_0_data : io_out_0_d_bits_data;
`ifdef RANDOMIZE
  integer initvar;
  initial begin
    `ifndef verilator
      #0.002 begin end
    `endif
  `ifdef RANDOMIZE_REG_INIT
  _RAND_0 = {1{$random}};
  _T_108_0_state = _RAND_0[1:0];
  `endif // RANDOMIZE_REG_INIT
  `ifdef RANDOMIZE_REG_INIT
  _RAND_1 = {1{$random}};
  _T_119_0_bits_opcode = _RAND_1[2:0];
  `endif // RANDOMIZE_REG_INIT
  `ifdef RANDOMIZE_REG_INIT
  _RAND_2 = {1{$random}};
  _T_119_0_bits_param = _RAND_2[2:0];
  `endif // RANDOMIZE_REG_INIT
  `ifdef RANDOMIZE_REG_INIT
  _RAND_3 = {1{$random}};
  _T_119_0_bits_size = _RAND_3[2:0];
  `endif // RANDOMIZE_REG_INIT
  `ifdef RANDOMIZE_REG_INIT
  _RAND_4 = {1{$random}};
  _T_119_0_bits_source = _RAND_4[1:0];
  `endif // RANDOMIZE_REG_INIT
  `ifdef RANDOMIZE_REG_INIT
  _RAND_5 = {1{$random}};
  _T_119_0_bits_address = _RAND_5[30:0];
  `endif // RANDOMIZE_REG_INIT
  `ifdef RANDOMIZE_REG_INIT
  _RAND_6 = {1{$random}};
  _T_119_0_bits_mask = _RAND_6[3:0];
  `endif // RANDOMIZE_REG_INIT
  `ifdef RANDOMIZE_REG_INIT
  _RAND_7 = {1{$random}};
  _T_119_0_bits_data = _RAND_7[31:0];
  `endif // RANDOMIZE_REG_INIT
  `ifdef RANDOMIZE_REG_INIT
  _RAND_8 = {1{$random}};
  _T_119_0_fifoId = _RAND_8[1:0];
  `endif // RANDOMIZE_REG_INIT
  `ifdef RANDOMIZE_REG_INIT
  _RAND_9 = {1{$random}};
  _T_119_0_lut = _RAND_9[3:0];
  `endif // RANDOMIZE_REG_INIT
  `ifdef RANDOMIZE_REG_INIT
  _RAND_10 = {1{$random}};
  _T_126_0_data = _RAND_10[31:0];
  `endif // RANDOMIZE_REG_INIT
  `ifdef RANDOMIZE_REG_INIT
  _RAND_11 = {1{$random}};
  _T_640 = _RAND_11[3:0];
  `endif // RANDOMIZE_REG_INIT
  `ifdef RANDOMIZE_REG_INIT
  _RAND_12 = {1{$random}};
  _T_722_0 = _RAND_12[0:0];
  `endif // RANDOMIZE_REG_INIT
  `ifdef RANDOMIZE_REG_INIT
  _RAND_13 = {1{$random}};
  _T_722_1 = _RAND_13[0:0];
  `endif // RANDOMIZE_REG_INIT
  `ifdef RANDOMIZE_REG_INIT
  _RAND_14 = {1{$random}};
  _T_825 = _RAND_14[3:0];
  `endif // RANDOMIZE_REG_INIT
  end
`endif // RANDOMIZE
  always @(posedge clock) begin
    if (reset) begin
      _T_108_0_state <= 2'h0;
    end else begin
      if (_T_851) begin
        if (_T_842) begin
          if (_T_847) begin
            _T_108_0_state <= 2'h2;
          end else begin
            _T_108_0_state <= 2'h0;
          end
        end else begin
          if (_T_812) begin
            if (_T_131) begin
              _T_108_0_state <= 2'h1;
            end else begin
              if (_T_793) begin
                if (_T_130) begin
                  _T_108_0_state <= 2'h3;
                end
              end
            end
          end else begin
            if (_T_793) begin
              if (_T_130) begin
                _T_108_0_state <= 2'h3;
              end
            end
          end
        end
      end else begin
        if (_T_812) begin
          if (_T_131) begin
            _T_108_0_state <= 2'h1;
          end else begin
            if (_T_793) begin
              if (_T_130) begin
                _T_108_0_state <= 2'h3;
              end
            end
          end
        end else begin
          if (_T_793) begin
            if (_T_130) begin
              _T_108_0_state <= 2'h3;
            end
          end
        end
      end
    end
    if (_T_793) begin
      if (_T_130) begin
        _T_119_0_bits_opcode <= io_in_0_a_bits_opcode;
      end
    end
    if (_T_793) begin
      if (_T_130) begin
        _T_119_0_bits_param <= io_in_0_a_bits_param;
      end
    end
    if (_T_793) begin
      if (_T_130) begin
        _T_119_0_bits_size <= io_in_0_a_bits_size;
      end
    end
    if (_T_793) begin
      if (_T_130) begin
        _T_119_0_bits_source <= io_in_0_a_bits_source;
      end
    end
    if (_T_793) begin
      if (_T_130) begin
        _T_119_0_bits_address <= io_in_0_a_bits_address;
      end
    end
    if (_T_793) begin
      if (_T_130) begin
        _T_119_0_bits_mask <= io_in_0_a_bits_mask;
      end
    end
    if (_T_793) begin
      if (_T_130) begin
        _T_119_0_bits_data <= io_in_0_a_bits_data;
      end
    end
    if (_T_793) begin
      if (_T_130) begin
        _T_119_0_fifoId <= _T_214;
      end
    end
    if (_T_793) begin
      if (_T_130) begin
        if (_T_810) begin
          _T_119_0_lut <= 4'h8;
        end else begin
          if (_T_808) begin
            _T_119_0_lut <= 4'he;
          end else begin
            if (_T_806) begin
              _T_119_0_lut <= 4'h6;
            end else begin
              if (_T_804) begin
                _T_119_0_lut <= 4'hc;
              end else begin
                _T_119_0_lut <= 4'h0;
              end
            end
          end
        end
      end
    end
    if (_T_851) begin
      if (_T_852) begin
        _T_126_0_data <= io_out_0_d_bits_data;
      end
    end
    if (reset) begin
      _T_640 <= 4'h0;
    end else begin
      if (_T_643) begin
        if (_T_662) begin
          if (_T_635) begin
            _T_640 <= _T_632;
          end else begin
            _T_640 <= 4'h0;
          end
        end else begin
          _T_640 <= 4'h0;
        end
      end else begin
        _T_640 <= _T_703;
      end
    end
    if (reset) begin
      _T_722_0 <= 1'h0;
    end else begin
      if (_T_642) begin
        _T_722_0 <= _T_661;
      end
    end
    if (reset) begin
      _T_722_1 <= 1'h0;
    end else begin
      if (_T_642) begin
        _T_722_1 <= _T_662;
      end
    end
    if (reset) begin
      _T_825 <= 4'h0;
    end else begin
      if (_T_813) begin
        if (_T_831) begin
          if (_T_820) begin
            _T_825 <= _T_819;
          end else begin
            _T_825 <= 4'h0;
          end
        end else begin
          _T_825 <= _T_829;
        end
      end
    end
    `ifndef SYNTHESIS
    `ifdef PRINTF_COND
      if (`PRINTF_COND) begin
    `endif
        if (_T_686) begin
          $fwrite(32'h80000002,"Assertion failed\n    at Arbiter.scala:66 assert((prefixOR zip winner) map { case (p,w) => !p || !w } reduce {_ && _})\n");
        end
    `ifdef PRINTF_COND
      end
    `endif
    `endif // SYNTHESIS
    `ifndef SYNTHESIS
    `ifdef STOP_COND
      if (`STOP_COND) begin
    `endif
        if (_T_686) begin
          $fatal;
        end
    `ifdef STOP_COND
      end
    `endif
    `endif // SYNTHESIS
    `ifndef SYNTHESIS
    `ifdef PRINTF_COND
      if (`PRINTF_COND) begin
    `endif
        if (_T_694) begin
          $fwrite(32'h80000002,"Assertion failed\n    at Arbiter.scala:68 assert (!valids.reduce(_||_) || winner.reduce(_||_))\n");
        end
    `ifdef PRINTF_COND
      end
    `endif
    `endif // SYNTHESIS
    `ifndef SYNTHESIS
    `ifdef STOP_COND
      if (`STOP_COND) begin
    `endif
        if (_T_694) begin
          $fatal;
        end
    `ifdef STOP_COND
      end
    `endif
    `endif // SYNTHESIS
  end
endmodule